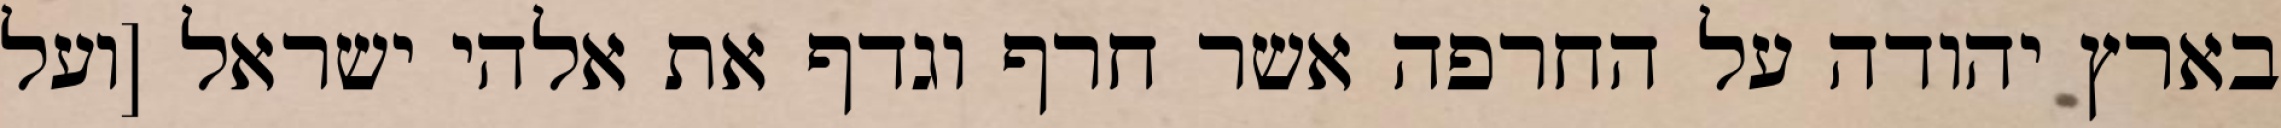
בארץ יהודה על החרפה אשר חרף וגדף את אלהי ישראל [ועל